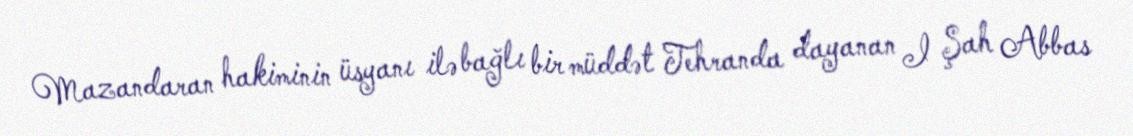
Mazandaran hakiminin üsyanı ilə bağlı bir müddət Tehranda dayanan I Şah Abbas